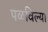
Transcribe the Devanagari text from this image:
पळविल्या